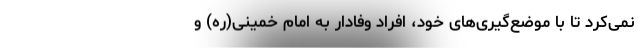
نمی‌کرد تا با موضع‌گیری‌های خود، افراد وفادار به امام خمینی(ره) و